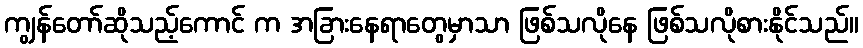
ကျွန်တော်ဆိုသည့်ကောင် က အခြားနေရာတွေမှာသာ ဖြစ်သလိုနေ ဖြစ်သလိုစားနိုင်သည်။